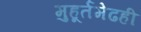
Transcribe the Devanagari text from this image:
मुहूर्तमेढही